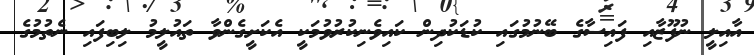
އާއިލީ ނުފޫޒާއި ފައިސާގެ ބޭނުމުގައި ކުޑަކުދިން ކައިވެނިކުރުވުމަކީ އެކަށީގެންވާ ތައުލީމު ލިބިފައި ނެތުމުގެ